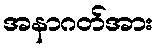
အနာဂတ်အား